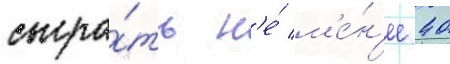
сыгра́ть н'е́ м'е́н'ее 40